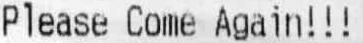
PLEASE COME AGAIN!!!